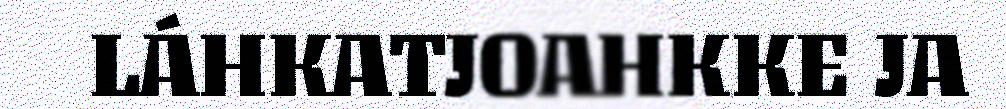
LÁHKATJOAHKKE JA